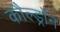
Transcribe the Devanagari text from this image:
कौल्ड्रॉन